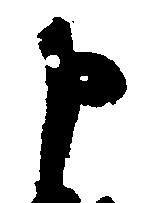
申